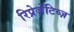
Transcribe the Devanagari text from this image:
रिप्रेज़ेंटिव्ज़